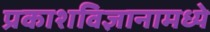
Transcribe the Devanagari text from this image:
प्रकाशविज्ञानामध्ये